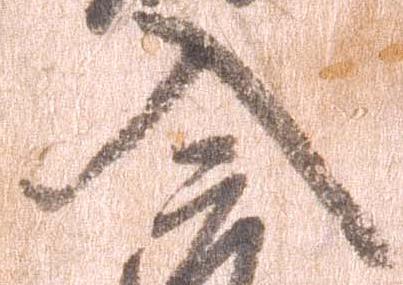
入